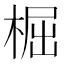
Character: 㭾